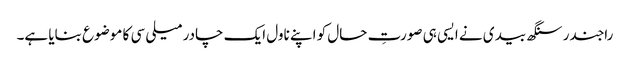
راجندر سنگھ بیدی نے ایسی ہی صورتِ حال کو اپنے ناول ایک چادر میلی سی کا موضوع بنایا ہے۔